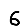
Digit: 6